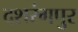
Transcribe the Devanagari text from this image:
दशरंगपुर